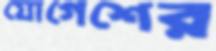
যোগেশের